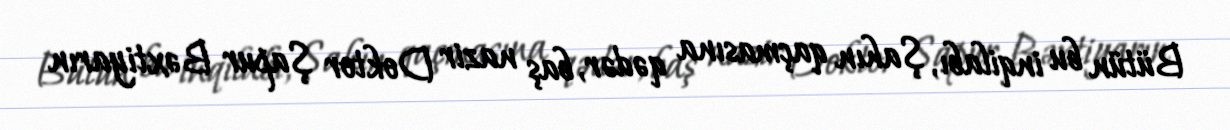
Bütün bu inqilabı, Şahın qaçmasına qədər, baş nazir Doktor Şapur Bəxtiyarın